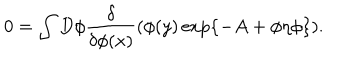
LaTeX: 0 = \int D \phi \frac { \delta } { \delta \phi ( x ) } ( \phi ( y ) \exp \{ - A + \phi \eta \phi \} ) .